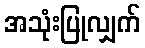
အသုံးပြုလျှက်